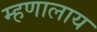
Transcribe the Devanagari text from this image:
म्हणालाय